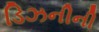
ડિઝનીની